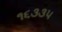
૧૬૩૩૫